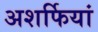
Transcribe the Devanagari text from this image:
अशर्फियां